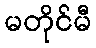
မတိုင်မီ